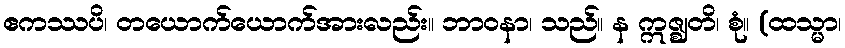
ဧကဿပိ၊ တယောက်ယောက်အားလည်း။ ဘာဝနာ၊ သည်။ န ဣဇ္ဈတိ၊ စုံ။ (ထသ္မာ၊